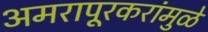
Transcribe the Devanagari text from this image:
अमरापूूरकरांमुळे